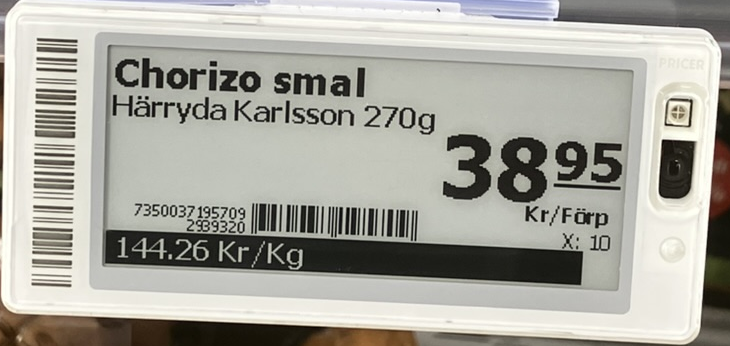
Vara: Chorizo smal
Genomsnittspris: 144.26 per kg